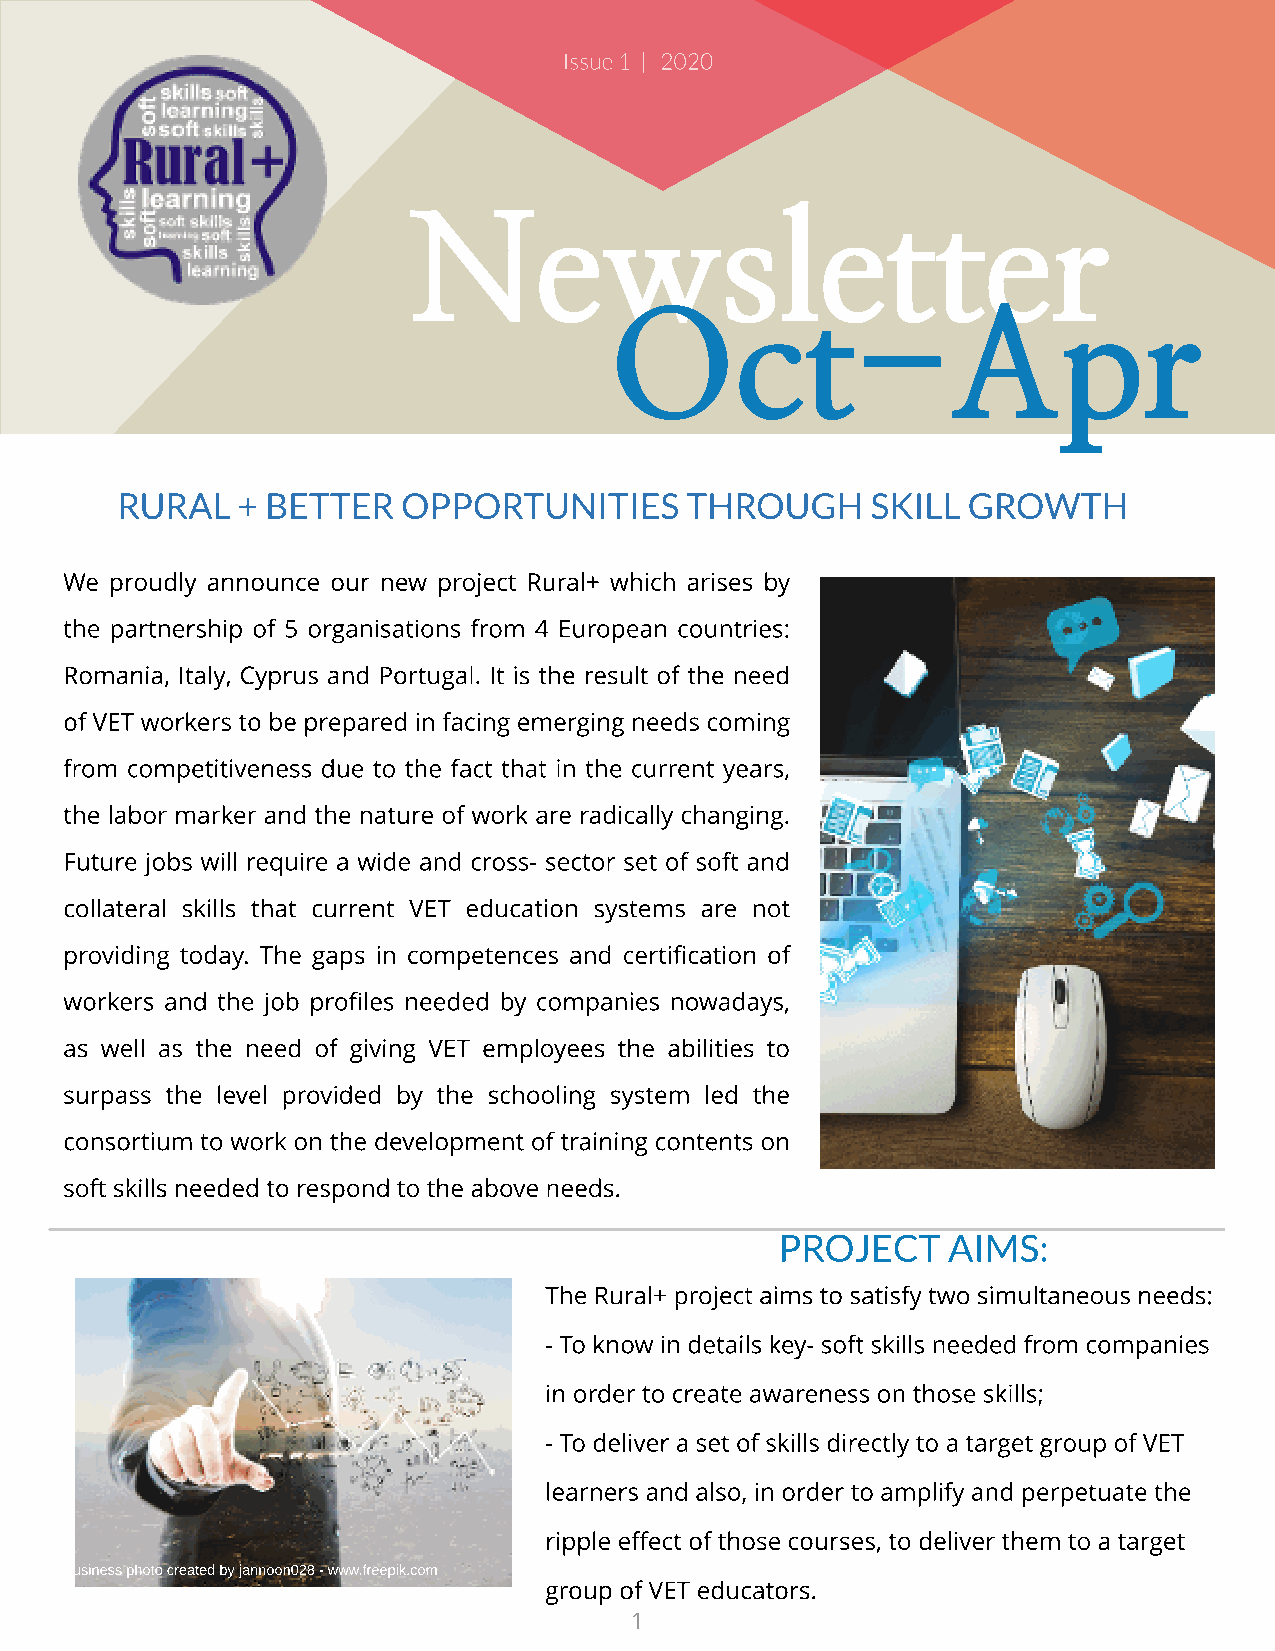
Issue 1 | 2020
 N       ew           sl    et      t  er
 O        ct      -     A      pr
 RURAL   + BETTER   OPPORTUNITIES     THROUGH      SKILL GROWTH
 We proudly announce our new project Rural+ which arises by
 the partnership of 5 organisations from 4 European countries:
 Romania, Italy, Cyprus and Portugal. It is the result of the need
 of VET workers to be prepared in facing emerging needs coming
 from competitiveness due to the fact that in the current years,
 the labor marker and the nature of work are radically changing.
 Future jobs will require a wide and cross- sector set of soft and
 collateral skills that current VET education systems are not
 providing today. The gaps in competences and certification of
 workers and the job profiles needed by companies nowadays,
 as well as the need of giving VET employees the abilities to
 surpass the level provided by the schooling system led the
 consortium to work on the development of training contents on
 soft skills needed to respond to the above needs.
 PROJECT    AIMS:
 ?he Rural+ project aims to satisfy two simultaneous needs:
 - To know in details key- soft skills needed from companies
 in order to create awareness on those skills;
 - To deliver a set of skills directly to a target group of VET
 learners and also, in order to amplify and perpetuate the
 ripple effect of those courses, to deliver them to a target
 Business photo created by jannoon028 - www.freepik.com
 group of VET educators.
 1